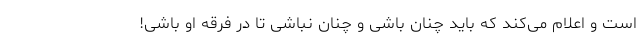
است و اعلام می‌کند که باید چنان باشی و چنان نباشی تا در فرقه او باشی!